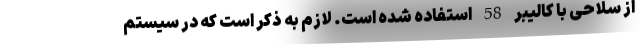
از سلاحی با کالیبر 58 استفاده شده است. لازم به ذکر است که در سیستم